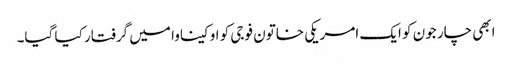
ابھی چار جون کو ایک امریکی خاتون فوجی کو اوکیناوا میں گرفتار کیا گیا۔